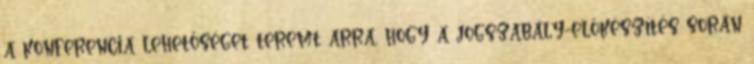
a konferencia lehetőséget teremt arra, hogy a jogszabály-előkészítés során